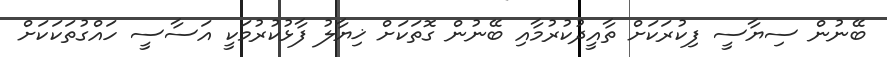
ބޭނުން ސިޔާސީ ފިކުރަކަށް ތާއީދުކުރުމާއި ބޭނުން ގޮތަކަށް ޚިޔާލު ފާޅުކުރުމަކީ އަސާސީ ހައްގުތަކަކަށް